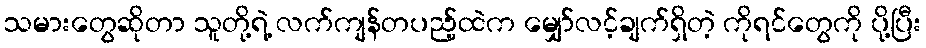
သမားတွေဆိုတာ သူတို့ရဲ့ လက်ကျန်တပည့်ထဲက မျှော်လင့်ချက်ရှိတဲ့ ကိုရင်တွေကို ပို့ပြီး